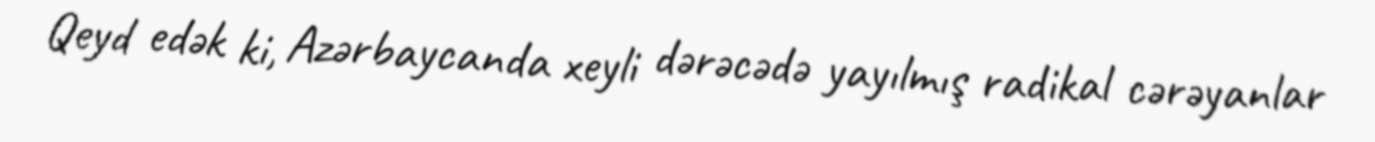
Qeyd edək ki, Azərbaycanda xeyli dərəcədə yayılmış radikal cərəyanlar